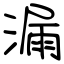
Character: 漏